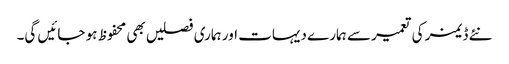
نئے ڈیمز کی تعمیر سے ہمارے دیہات اور ہماری فصلیں بھی محفوظ ہو جائیں گی۔